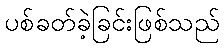
ပစ်ခတ်ခဲ့ခြင်းဖြစ်သည်